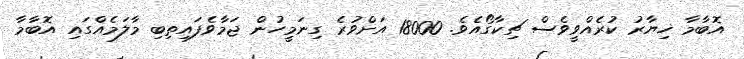
އޮބާމާ ޚިޔާރު ކުރެއްވީވެސް ޗިކާގޯއެވެ. 18000 އަށްވުރެ ގިނަމީހުން ޖަމާވެފައިތިބި މާލަމެއްގައި އޮބާމާ